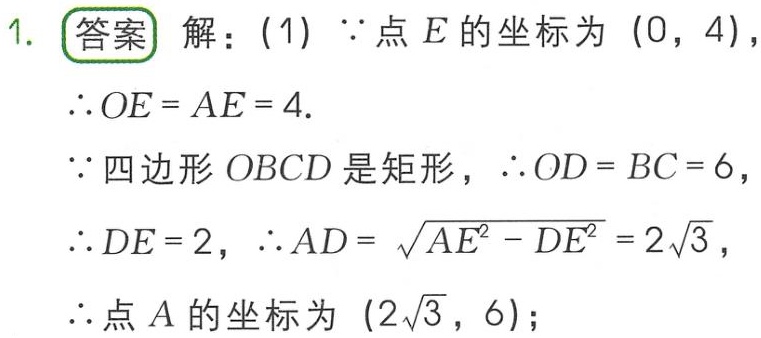
1. 答案 解：(1) $\because$点$E$的坐标为$(0,4)$，
$\therefore OE = AE = 4$.
$\because$四边形$OBCD$是矩形，$\therefore OD = BC = 6$，
$\therefore DE = 2$，$\therefore AD = \sqrt{AE^{2}-DE^{2}} = 2\sqrt{3}$，
$\therefore$点$A$的坐标为$(2\sqrt{3},6)$；